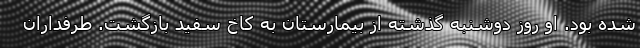
شده بود. او روز دوشنبه گذشته از بیمارستان به کاخ سفید بازگشت. طرفداران